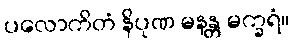
ပလောကိတံ နိပုဏ မနန္တ မက္ခရံ။